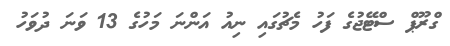
ގްރޫޕް ސްޓޭޖުގެ ފަހު މެޗުގައި ނިއު އަންނަ މަހުގެ 13 ވަނަ ދުވަހު